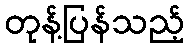
တုန့်ပြန်သည့်